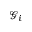
\mathcal { G } _ { i }